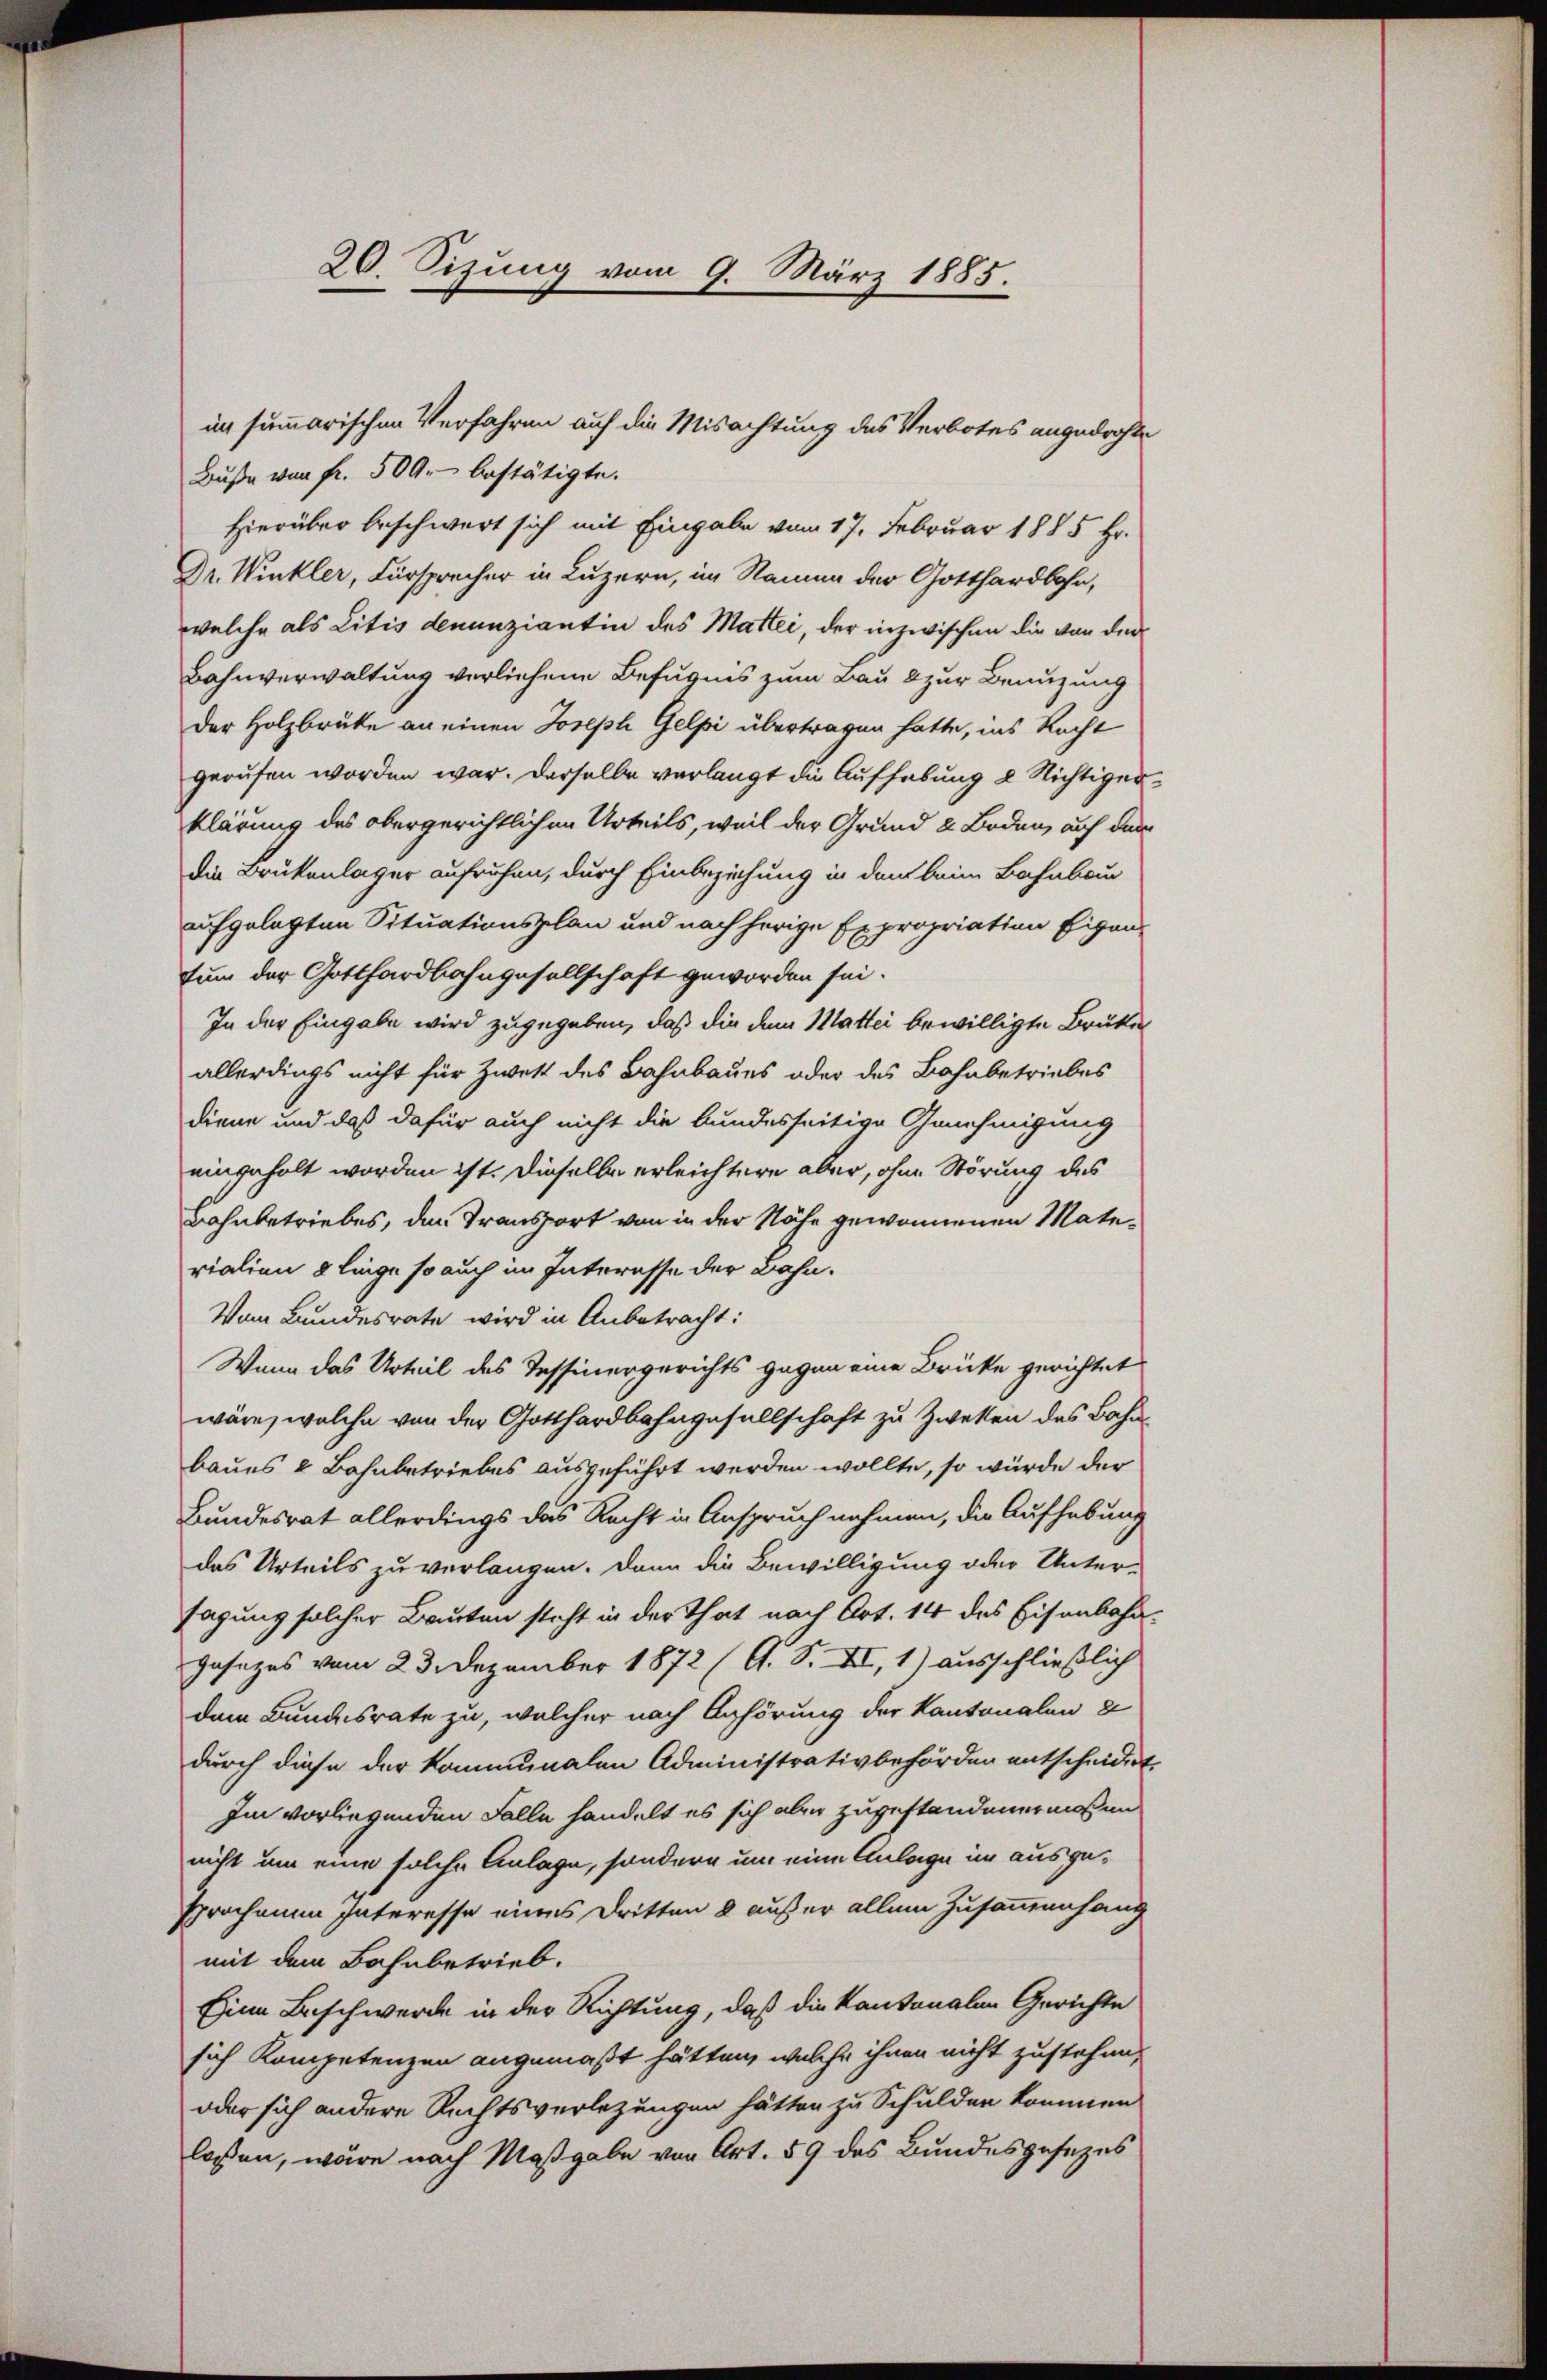
20. Sizung vom 9. März 1885.

Buße von fr. 509. bestätigte.
Hierüber beschwert sich mit Eingabe vom 17. Februar 1885 Hr.
Dr. Winkler, Fürsprecher in Luzern, im Namen der Gotthardbahn,
welche als Litis denunziantin des Mattei, der inzwischen die von der
Bahnverwaltung verliehene Befugnis zum Bau 8 zur Benuzung
Der Holzbruke an einen Joseph Gelpi übertragen hatte, ins Recht
gerufen worden war. Derselbe verlangt die Aufhebung 2 Nichtiger
klärung des obergerichtlichen Urteils, weil der Grund 2 Boden, auf dem
die Brükenlager aufruhen, durch Einbeziehung in dem beim Bahnbau
aufgelegten Situationsplan und nach herige Expropriation Eigen-
tum der Gotthardbahngesellschaft geworden sei.
In der Eingabe wird zugegeben, daß die dem Mattei bewilligte Brüke
allerdings nicht für Zwekt des Bahnbaues oder das Bahnbetriebes
diene und daß dafür auch nicht die bundesseitige Genehmigung
eingeholt worden ist. Dieselbe erleichtere aber, ohne Störung des
Bahnbetriebes, den Transport von in der Nähe gewonnenen Materialien 2 liege so auch im Interesse der Bahn.
Vom Bundesrate wird in Anbetracht:
Wenn das Urteil des Tessinergerichts gegen eine Brücke gerichtet
wäre, welche von der Gotthardbahngesellschaft zu Zweken des Bahnbaues & Bahnbetriebes ausgeführt werden wollte, so würde der
Bundesrat allerdings das Recht in Anspruch nehmen, die Aufhebung
das Urteils zu verlangen. Dann die Bewilligung oder Unter-
sagung solcher Bauten steht in der That nach Art. 14 des Eisenbahn¬
Gasezes vom 23. Dezember 1872 (G. S. II, 1) ausschließlich
dem Bundesrate zu, welcher nach Anhörung der Kantonalen u
durch diese der kommunalen Administrativbehörden entscheidigt.
Im vorliegenden Falle handelt es sich aber zugestandenermaßen
nicht um eine solche Anlage, sondern um eine Anlage im ausgesprochenen Interesse eines Dritten & außer allem Zusammenhang
mit dem Bahnbetrieb.
Eine Beschwerde in der Richtung, daß die kantonalen Gerichte
sich Kompetenzen angemaßt hätten, welche ihnen nicht zustehen,
oder sich andere Rechtsverletzungen hätten zu Schulden kommen
lossen, wäre nach Maßgabe von Art. 59 des Bundesgesezes

in summarischen Verfahren auf die Misachtung des Verbotes angedrohte